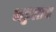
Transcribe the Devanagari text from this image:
भकुलान